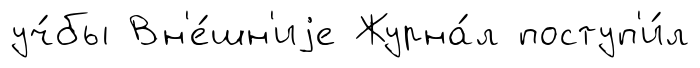
уч́бы Вн'е́шн'иjе Журна́л поступ'и́л